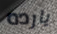
يارده